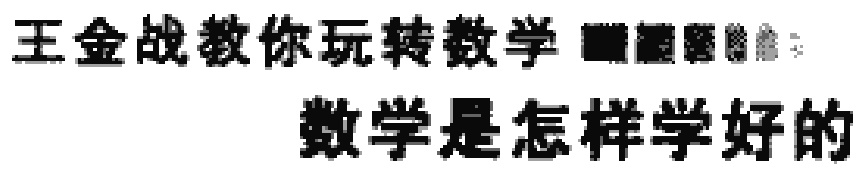
王金战教你玩转数学 数学是怎样学好的